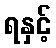
ရနှင့်